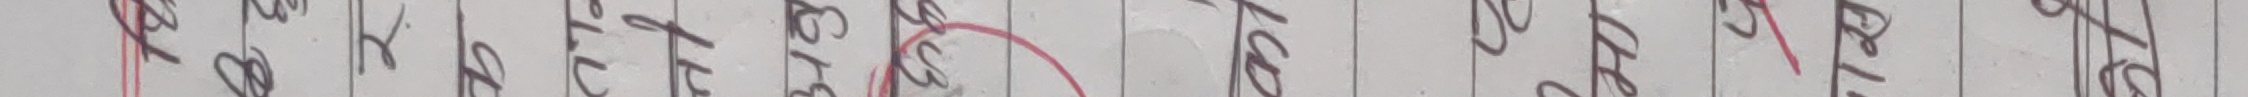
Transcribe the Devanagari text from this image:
कैथीहरु